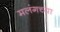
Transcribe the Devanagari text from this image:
मलंगच्या